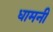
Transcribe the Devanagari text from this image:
धामनी